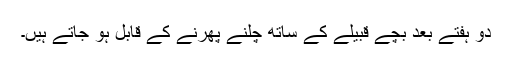
دو ہفتے بعد بچے قبیلے کے ساتھ چلنے پھرنے کے قابل ہو جاتے ہیں۔